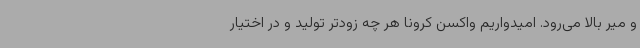
و میر بالا می‌رود. امیدواریم واکسن کرونا هر چه زودتر تولید و در اختیار